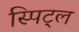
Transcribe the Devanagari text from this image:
स्पिट्ल